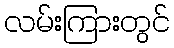
လမ်းကြားတွင်